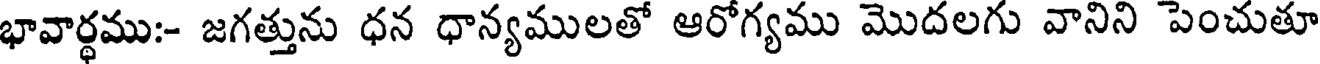
భావార్థము:- జగత్తును ధన ధాన్యములతో ఆరోగ్యము మొదలగు వానిని పెంచుతూ